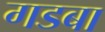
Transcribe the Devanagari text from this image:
गडबा